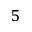
^ { 5 }